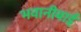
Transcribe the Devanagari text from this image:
भवानीबाई